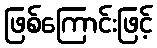
ဖြစ်ကြောင်းဖြင့်